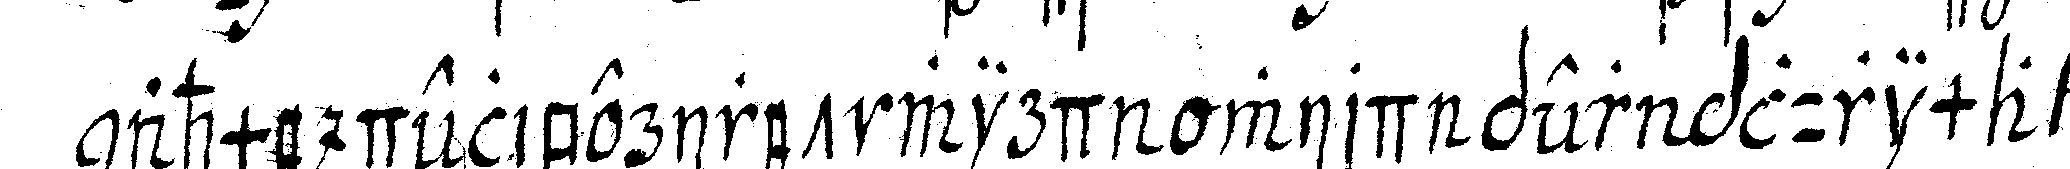
nahme deliberiret wird wird per plurima